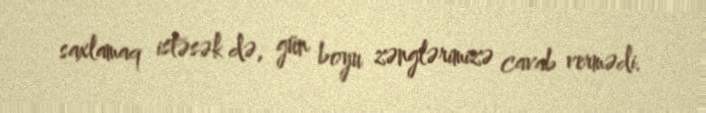
saxlamaq istəsək də, gün boyu zənglərimizə cavab vermədi.